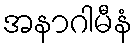
အနာဂါမီနံ